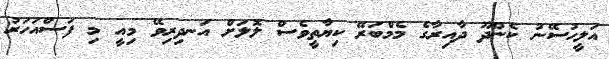
އަލީހުސޭނު ކެންދޫ ދާއިރާގެ މެމްބަރޭ ކިޔާތީވެސް ލޮލަށް އަނދިރިވޭ މިއީ މި ފަސްއަހަރު